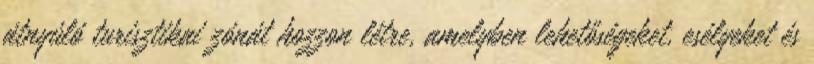
átnyúló turisztikai zónát hozzon létre, amelyben lehetőségeket, esélyeket és